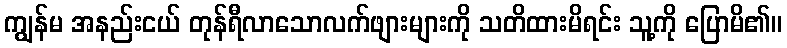
ကျွန်မ အနည်းငယ် တုန်ရီလာသောလက်ဖျားများကို သတိထားမိရင်း သူ့ကို ပြောမိ၏။